Annual report of the Imperial Bacteriologist
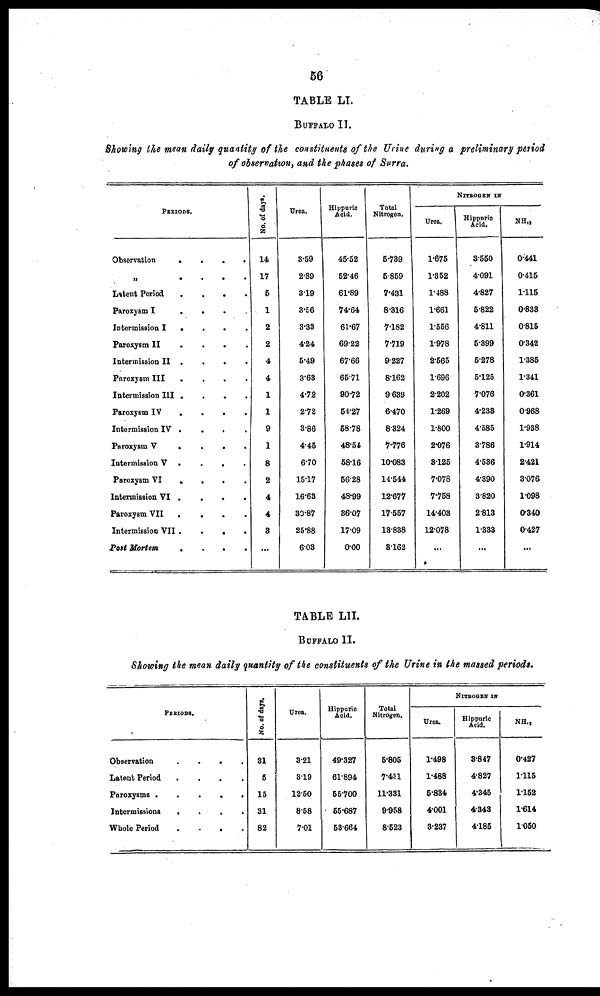
56
TABLE LI.
BUFFALO II.
Showing the mean daily quantity of the constituents of the Urine during a preliminary period
of observation, and the phases of Surra.
PERIODS.
Observation
„
Latent Period
Paroxysm I
Intermission I
Paroxysm II
Intermission II
Paroxysm III
Intermission III
Paroxysm IV
Intermission IV
Paroxysm V
Intermission V
Paroxysm VI
Intermission VI
Paroxysm VII
Intermission VII
Post Mortem
.
.
.
.
.
.
.
.
.
.
.
.
.
.
.
.
.
.
.
.
.
.
.
.
.
.
.
.
.
.
.
.
.
.
.
.
.
.
.
.
.
.
.
.
.
.
.
.
.
.
.
.
.
.
.
.
.
.
.
.
.
.
.
.
.
.
.
.
.
.
.
No. of days.
14
17
5
1
2
2
4
4
1
1
9
1
8
2
4
4
3
...
Urea.
3.59
2.89
3.19
3.56
3.33
4.24
5.49
3.63
4.72
2.72
3.86
4.45
6.70
15.17
16.63
30.87
25.88
6.03
Hippuric
Acid.
45.52
52.46
61.89
74.64
61.67
69.22
67.66
65.71
90.72
54.27
58.78
48.54
58.16
56.28
48.99
36.07
17.09
0.00
Total
Nitrogen.
5.739
5.859
7.431
8.316
7.182
7.719
9.227
8.162
9.639
6.470
8.324
7.776
10.083
14.544
12.677
17.557
13.838
3.162
Urea.
1.675
1.352
1.488
1.661
1.556
1.978
2.565
1.696
2.202
1.269
1.800
2.076
3.125
7.078
7.758
14.403
12.078
...
NITROGEN IN
Hippuric
Acid.
3.550
4.091
4.827
5.822
4.811
5.399
5.278
5.125
7.076
4.233
4.585
3.786
4.536
4.390
3.820
2.813
1.333
...
NH, 3
0.441
0.415
1.115
0.833
0.815
0.342
1.385
1.341
0.361
0.968
1.938
1.914
2.421
3.076
1.098
0.340
0.427
...
TABLE LII.
BUFFALO II.
Showing the mean daily quantity of the constituents of the Urine in the massed periods.
PERIODS.
Observation
Latent Period
Paroxysms .
Intermissions
Whole Period
.
.
.
.
.
.
.
.
.
.
.
.
.
.
.
.
.
.
.
.
No. of days.
31
5
15
31
82
Urea.
3.21
3.19
12.50
8.58
7.01
Hippuric
Acid.
49.327
61.894
55.700
55.687
53.664
Total
Nitrogen.
5.805
7.431
11.331
9.958
8.523
Urea.
1.498
1.488
5.834
4.001
3.237
NITROGEN IN
Hippuric
Acid.
3.847
4.827
4.345
4.343
4.185
NH. 3
0.427
1.115
1.152
1.614
1.050